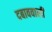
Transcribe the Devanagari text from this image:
दबाववाली